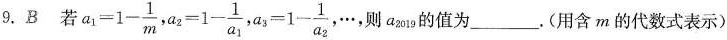
9.B若 $$a_{1}=1- \frac{1}{m}$$ , $$a_{2}=1- \frac{1}{a_{1}}$$ , $$a_{3}=1- \frac{1}{a_{2}},\cdots $$，则a_{2019}的值为______.(用含m的代数式表示)